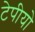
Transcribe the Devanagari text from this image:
टेपीयो